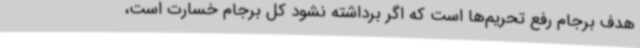
هدف برجام رفع تحریم‌ها است که اگر برداشته نشود کل برجام خسارت است،